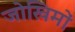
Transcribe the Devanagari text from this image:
जोखिमों